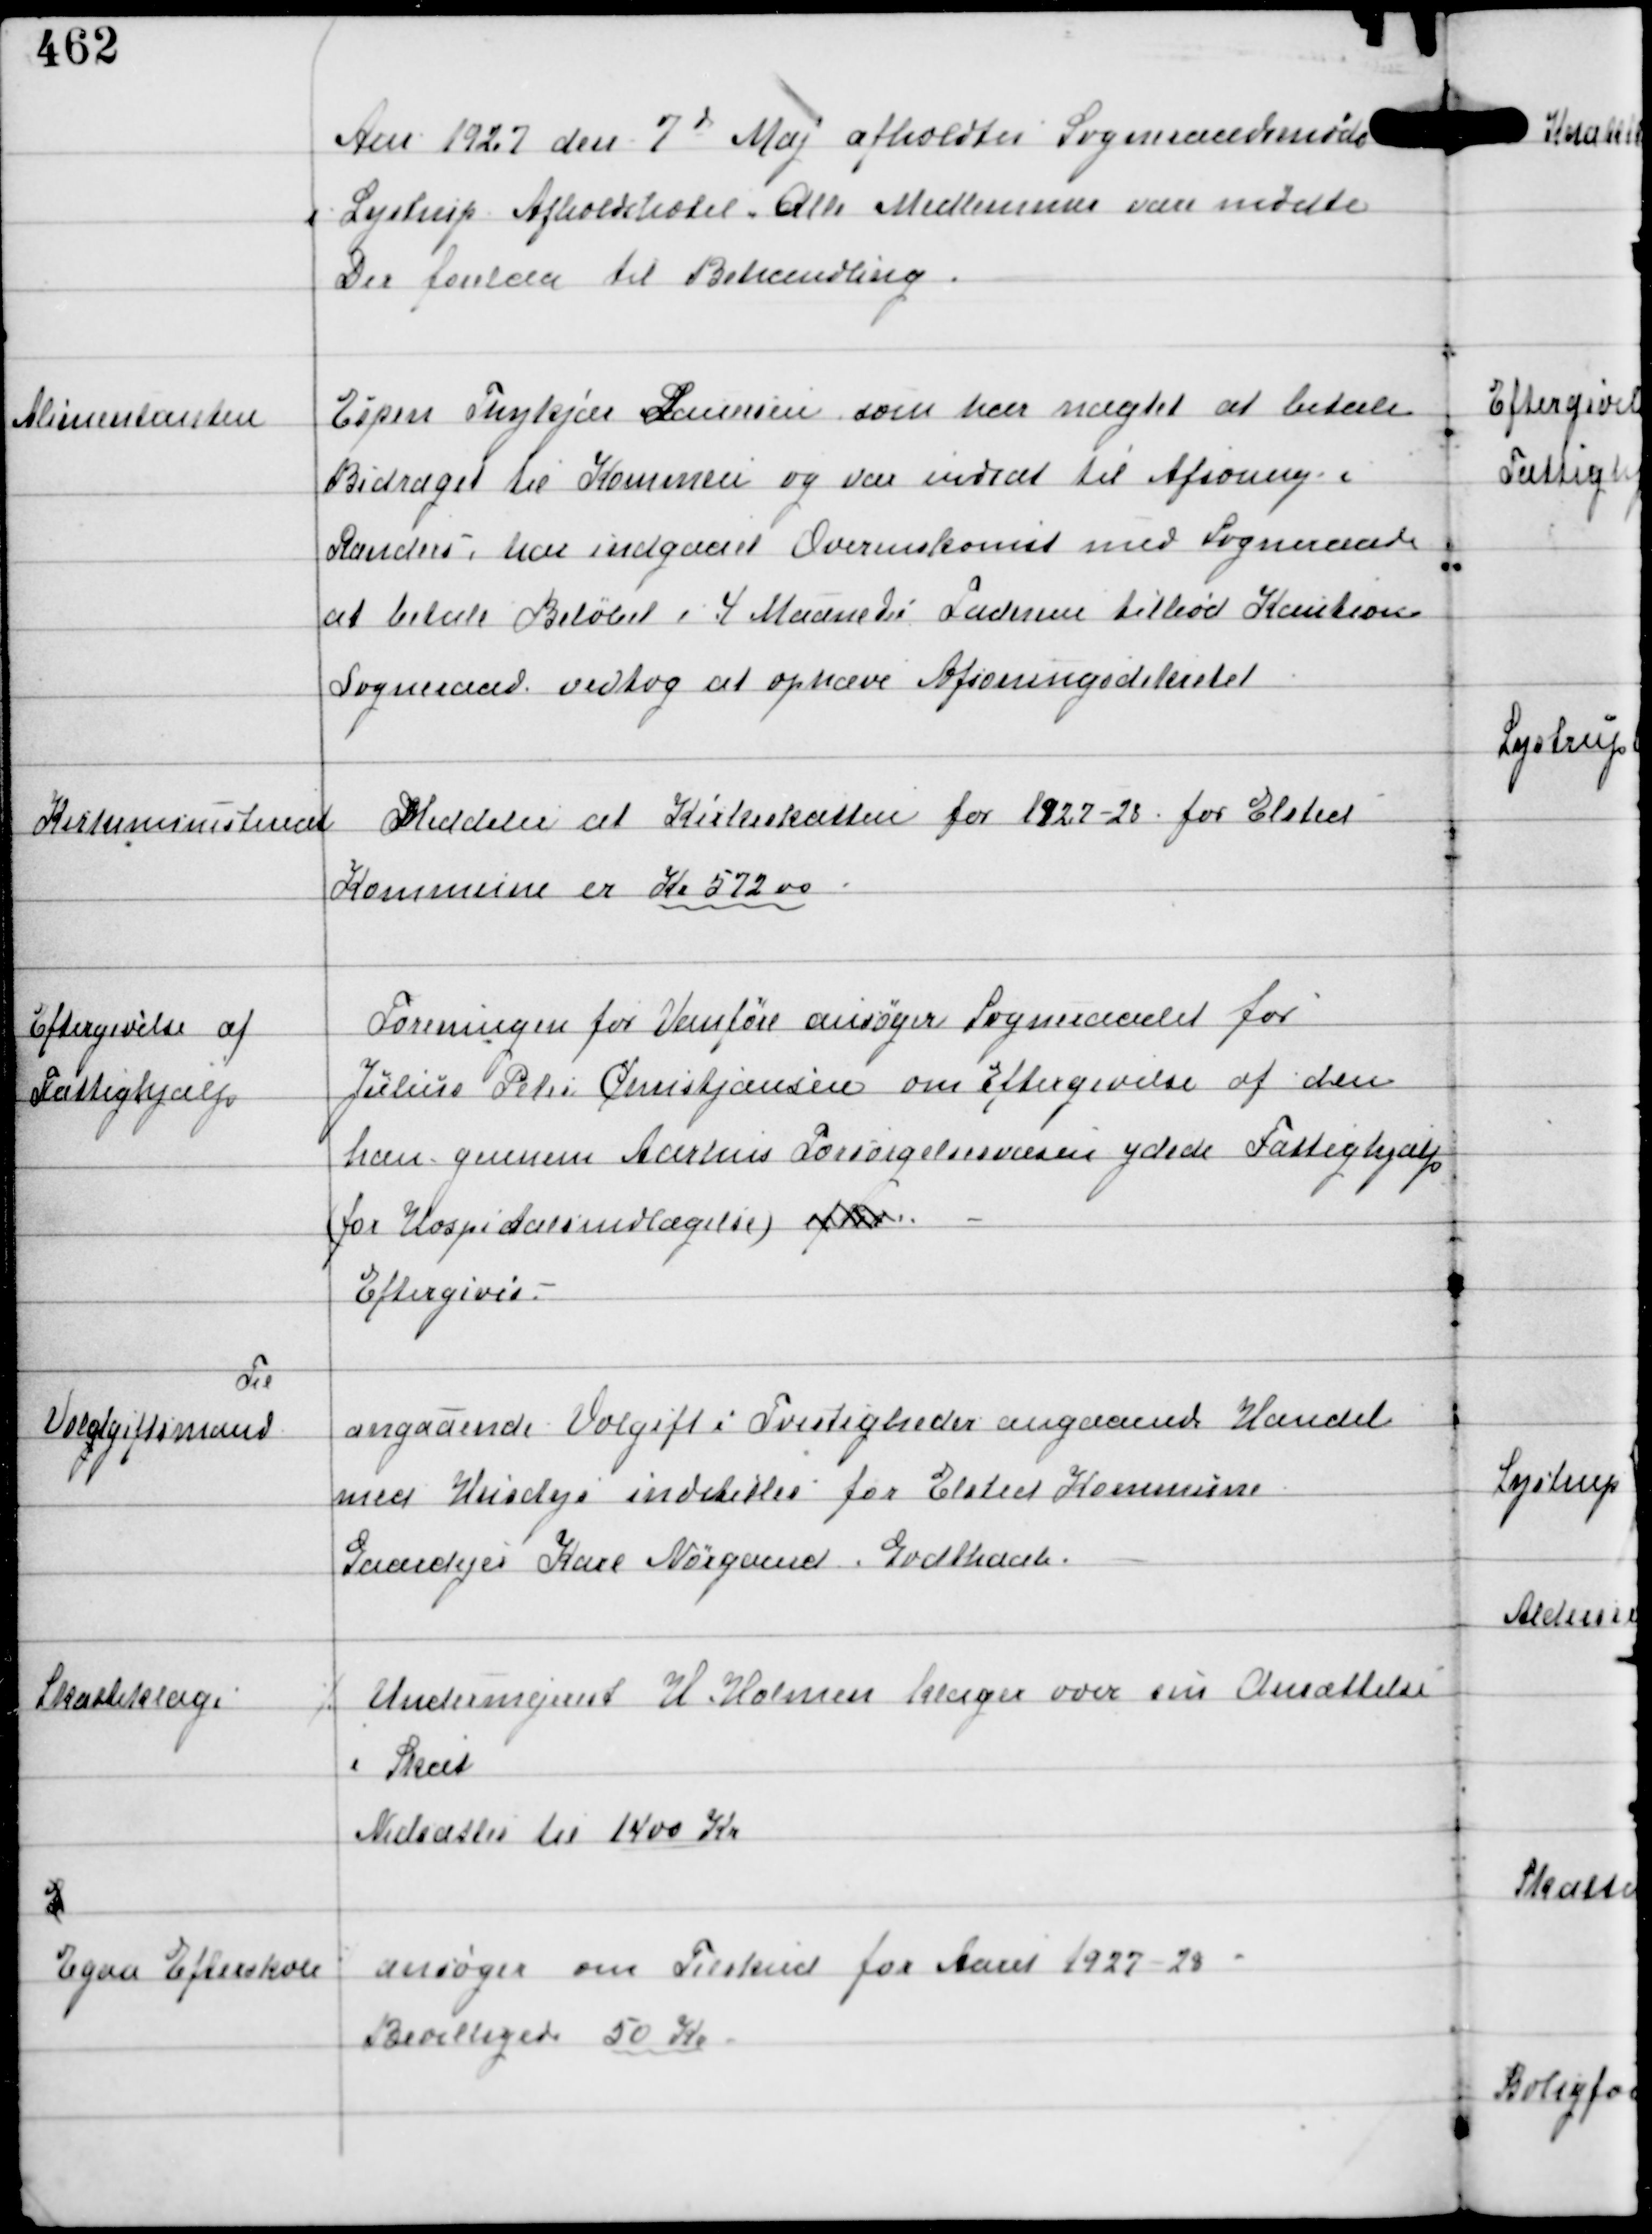
Transskription:
Aar 1927 den 7d Maj afholdtes Sogneraadsmøde
i Lystrup Afholdshotel. Alle Medlemmer vare mødte
Der forelaa til Behandling.

Alimentanten

Espen Thykjær Lauersen som har nægtet at betale
Bidraget til Komunen og var indsat til Afsoning i
Randers har indgaaet Overenskomst med Sogneraade
at betale Beløbet i 4 Maaneder Faderen tilbød Kaution
Sogneraad vedtog at ophæve Afsoningsdekretet

Kirkeministeriet

Meddelse at Kirkeskatten for 1927-28 for Elsted
Kommune er Kr 572,00

Eftergivelse af
Fattighjælp

Foreningen for Vanføre ansøger Sogneraadet for
Julius Peter Christjansen om Eftergivelse af den
han gennem Aarhus Forsørgelsesvæsen ydede Fattighjælp
(for Hospitalsindlægelse) efter
Eftergives.

Til
Voldgiftsmand

angaaende Voldgift i Tvistigheder angaaende Handel
med Husdyr indstilles for Elsted Kommune
Gaardejer Karl Nørgaard, Godthaab.

Skatteklage

⁒ Undermejerist H. Holmen klager over sin Ansættelse
i Skat
Nedsattes til 1400 Kr

E
Egaa Efterskole

ansøger om Tilskud for Aaret 1927-28
Bevilligede 50 Kr